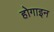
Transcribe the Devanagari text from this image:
होगाइन